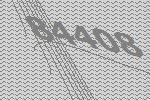
84408